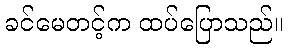
ခင်မေတင့်က ထပ်ပြောသည်။